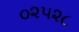
૦૨૫૨૮